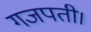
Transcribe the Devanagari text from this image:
गजपती।